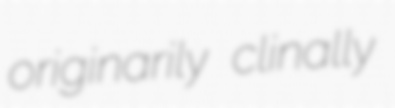
originarily clinally